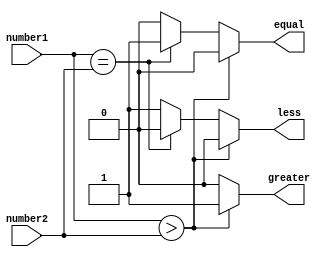
module signed_magnitude_comparator(
    input signed [7:0] number1,
    input signed [7:0] number2,
    output reg greater,
    output reg equal,
    output reg less
);

always @(*) begin
    if(number1 > number2) begin
        greater = 1;
        equal = 0;
        less = 0;
    end else if (number1 == number2) begin
        greater = 0;
        equal = 1;
        less = 0;
    end else begin
        greater = 0;
        equal = 0;
        less = 1;
    end
end

endmodule